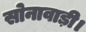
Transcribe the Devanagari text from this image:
सोनावाड़ी।